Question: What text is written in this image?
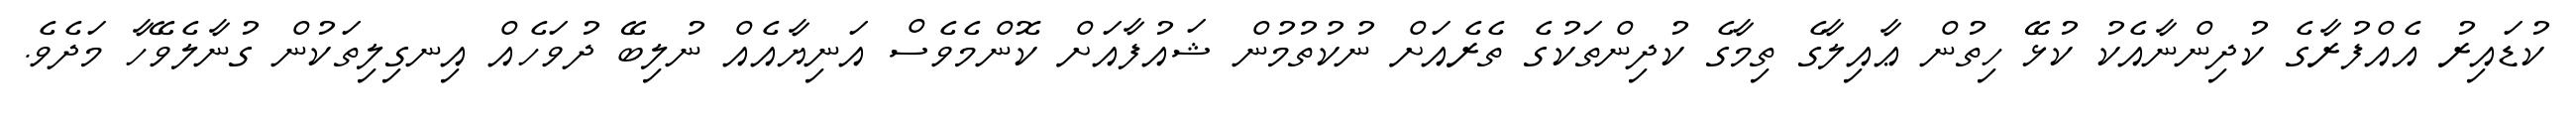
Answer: ކުޑައިރު އެއްފުރާގެ ކުދިންނާއެކު ކުޅޭ ހިތުން ޢާއިލާގެ ތިމާގެ ކުދިންތަކުގެ ތެރެއަށް ނުކުތުމުން ޝައުފާއަށް ކޮންމެވެސް އަނިޔާއެއް ނުލިބޭ ދުވަހެއް އިނގިލިތަކުން ގުނާލެވޭހާ މަދެވެ.